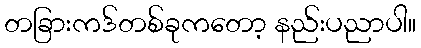
တခြားကဒ်တစ်ခုကတော့ နည်းပညာပါ။